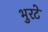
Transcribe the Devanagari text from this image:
भुरटे